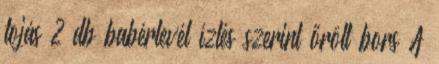
tojás 2 db babérlevél ízlés szerint őrölt bors A